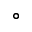
^ \circ